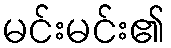
မင်းမင်း၏